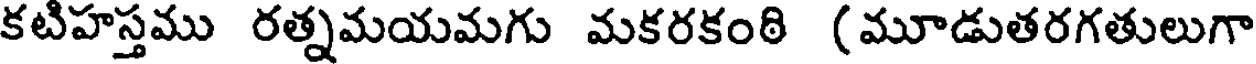
కటిహస్తము రత్నమయమగు మకరకంఠి (మూడుతరగతులుగా